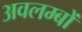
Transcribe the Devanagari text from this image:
अवलम्बों